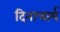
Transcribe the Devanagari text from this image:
दिनाचार्य